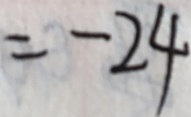
= - 2 4